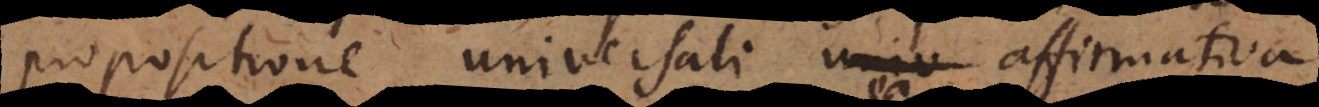
propositione universali affirmativa